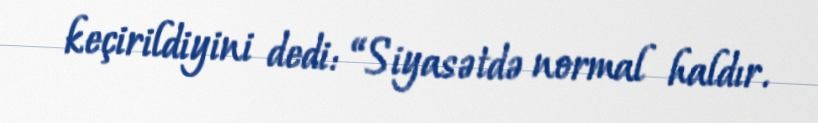
keçirildiyini dedi: “Siyasətdə normal haldır.